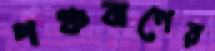
পঞ্চবাণের